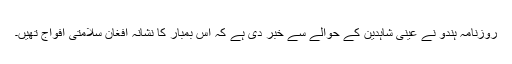
روزنامہ ہندو نے عینی شاہدین کے حوالے سے خبر دی ہے کہ اس بمبار کا نشانہ افغان سلامتی افواج تھیں۔